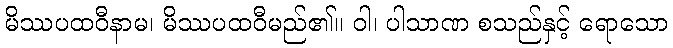
မိဿပထဝီနာမ၊ မိဿပထဝီမည်၏။ ဝါ၊ ပါသာဏ စသည်နှင့် ရောသော